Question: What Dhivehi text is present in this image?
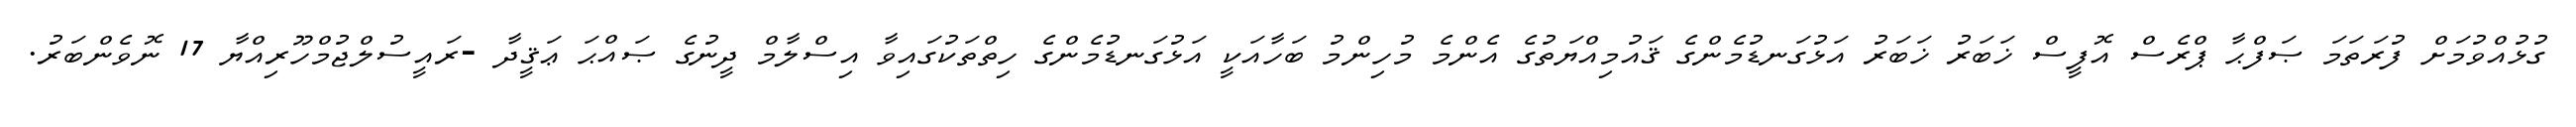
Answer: ގުޅުއްވުމަށް ފުރަތަމަ ޞަފްޙާ ޕްރެސް އޮފީސް ޚަބަރު ޚަބަރު އަޅުގަނޑުމެންގެ ޤައުމިއްޔަތުގެ އެންމެ މުހިންމު ބަހާއަކީ އަޅުގަނޑުމެންގެ ހިތްތަކުގައިވާ އިސްލާމް ދީނުގެ ޞައްޙަ ޢަޤީދާ -ރައީސުލްޖުމްހޫރިއްޔާ 17 ނޮވެންބަރު.